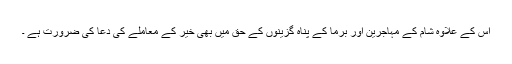
اس کے علاوہ شام کے مہاجرین اور برما کے پناہ گزینوں کے حق میں بھی خیر کے معاملے کی دعا کی ضرورت ہے ۔